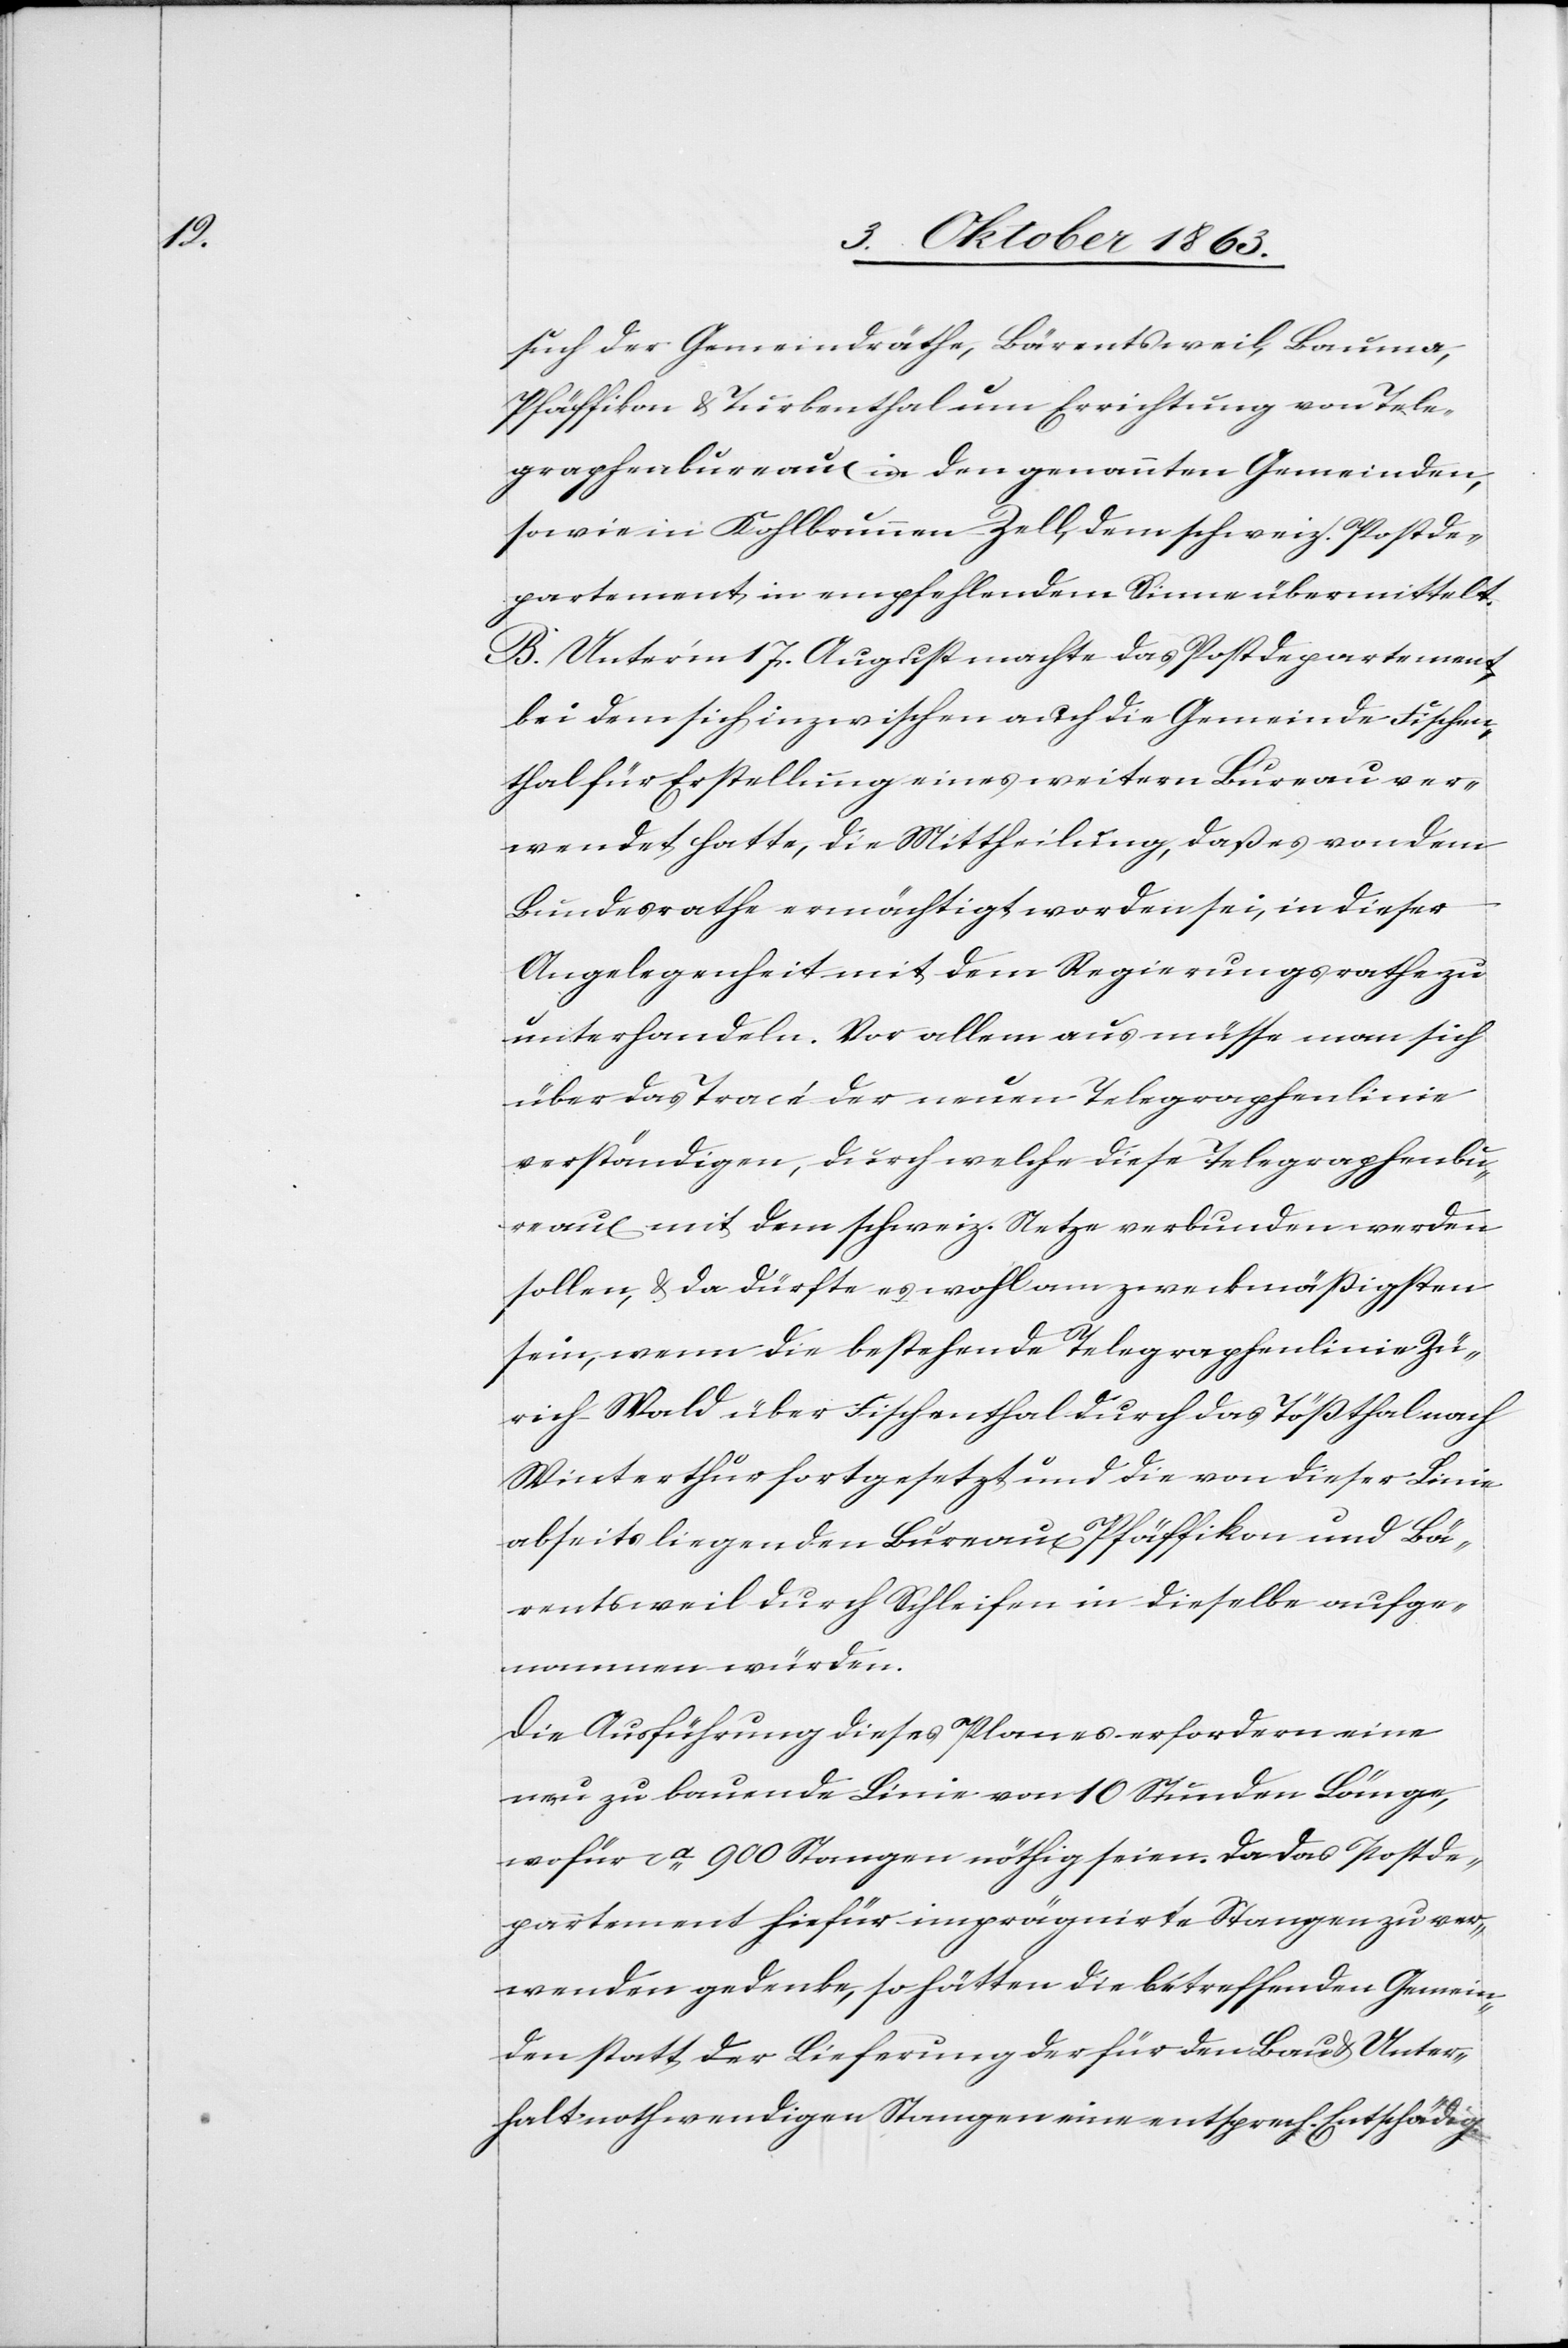
such der Gemeindräthe, Bärentsweil, Bauma,
Pfäffikon & Turbenthal um Errichtung von Tele¬
graphenbureaux in den genannten Gemeinden,
sowie in Kohlbrunnen-Zell, dem schweiz. Postde¬
partement in empfehlendem Sinne übermittelt.
B. Unter'm 17. August machte das Postdepartement,
bei dem sich inzwischen auch die Gemeinde Fischen¬
thal für Erstellung eines weitern Bureau ver¬
wendet hatte, die Mittheilung, daß es von dem
Bundesrathe ermächtigt worden sei, in dieser
Angelegenheit mit dem Regierungsrathe zu
unterhandeln. Vor allem aus müsse man sich
über das Tracé der neuen Telegraphenlinie
verständigen, durch welche diese Telegraphenbu¬
reaux mit dem schweiz. Netze verbunden werden
sollen, & da dürfte es wohl am zweckmäßigsten
sein, wenn die bestehende Telegraphenlinie Zü¬
rich–Wald über Fischenthal durch das Tößthal nach
Winterthur fortgesetzt und die von dieser Linie
abseits liegenden Bureaux Pfäffikon und Bä¬
rentsweil durch Schleifen in dieselbe aufge¬
nommen würden.
Die Ausführung dieses Planes erfordern [sic!]
neu zu bauende Linie von 10 Stunden Länge,
wofür ca 900 Stangen nöthig seien. Da das Postde¬
partement hiefür imprägnirte Stangen zu ver¬
wenden gedenke, so hätten die betreffenden Gemein¬
den statt der Lieferung der für den Bau & Unter¬
halt nothwendigen Stangen eine entsprech. Entschädig.